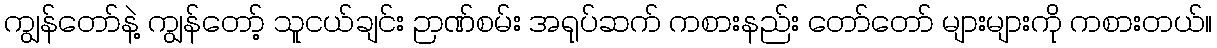
ကျွန်တော်နဲ့ ကျွန်တော့် သူငယ်ချင်း ဉာဏ်စမ်း အရုပ်ဆက် ကစားနည်း တော်တော် များများကို ကစားတယ်။